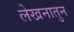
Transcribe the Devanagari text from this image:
लेखनातुन